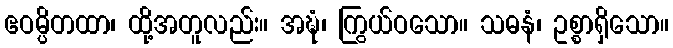
ဧဝမ္ပိတထာ၊ ထို့အတူလည်း။ အဍ္ဎံ၊ ကြွယ်ဝသော။ သဓနံ၊ ဥစ္စာရှိသော။